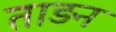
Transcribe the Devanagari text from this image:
ताड़न